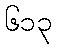
၆၁၃